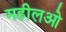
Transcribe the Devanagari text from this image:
महीलओ